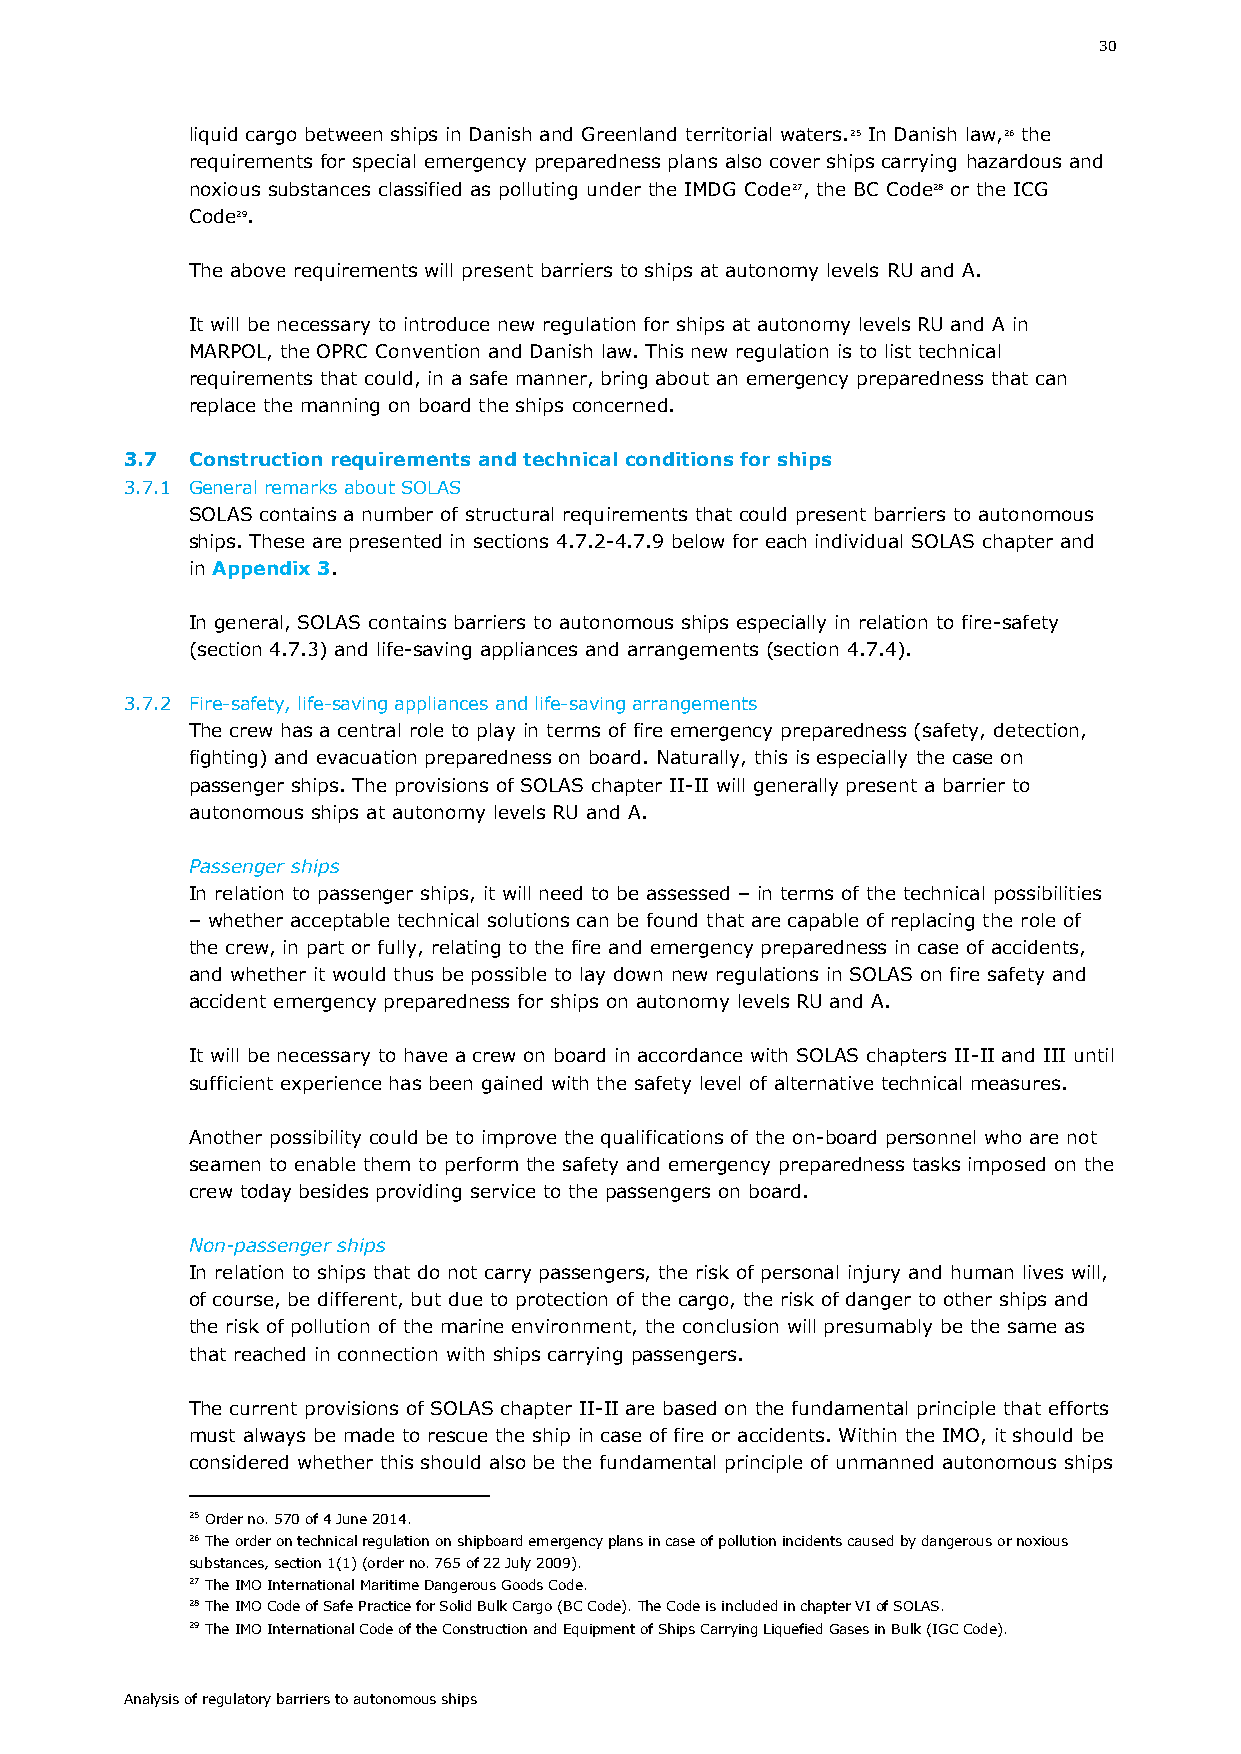
30
 liquid cargo between ships in Danish and Greenland territorial waters.25 In Danish law,26 the
 requirements for special emergency preparedness plans also cover ships carrying hazardous and
 noxious substances classified as polluting under the IMDG Code27, the BC Code28 or the ICG
 Code29.
 The above requirements will present barriers to ships at autonomy levels RU and A.
 It will be necessary to introduce new regulation for ships at autonomy levels RU and A in
 MARPOL, the OPRC Convention and Danish law. This new regulation is to list technical
 requirements that could, in a safe manner, bring about an emergency preparedness that can
 replace the manning on board the ships concerned.
 3.7 Construction requirements and technical conditions for ships
 3.7.1 General remarks about SOLAS
 SOLAS contains a number of structural requirements that could present barriers to autonomous
 ships. These are presented in sections 4.7.2-4.7.9 below for each individual SOLAS chapter and
 in Appendix 3.
 In general, SOLAS contains barriers to autonomous ships especially in relation to fire-safety
 (section 4.7.3) and life-saving appliances and arrangements (section 4.7.4).
 3.7.2 Fire-safety, life-saving appliances and life-saving arrangements
 The crew has a central role to play in terms of fire emergency preparedness (safety, detection,
 fighting) and evacuation preparedness on board. Naturally, this is especially the case on
 passenger ships. The provisions of SOLAS chapter II-II will generally present a barrier to
 autonomous ships at autonomy levels RU and A.
 Passenger ships
 In relation to passenger ships, it will need to be assessed – in terms of the technical possibilities
 – whether acceptable technical solutions can be found that are capable of replacing the role of
 the crew, in part or fully, relating to the fire and emergency preparedness in case of accidents,
 and whether it would thus be possible to lay down new regulations in SOLAS on fire safety and
 accident emergency preparedness for ships on autonomy levels RU and A.
 It will be necessary to have a crew on board in accordance with SOLAS chapters II-II and III until
 sufficient experience has been gained with the safety level of alternative technical measures.
 Another possibility could be to improve the qualifications of the on-board personnel who are not
 seamen to enable them to perform the safety and emergency preparedness tasks imposed on the
 crew today besides providing service to the passengers on board.
 Non-passenger ships
 In relation to ships that do not carry passengers, the risk of personal injury and human lives will,
 of course, be different, but due to protection of the cargo, the risk of danger to other ships and
 the risk of pollution of the marine environment, the conclusion will presumably be the same as
 that reached in connection with ships carrying passengers.
 The current provisions of SOLAS chapter II-II are based on the fundamental principle that efforts
 must always be made to rescue the ship in case of fire or accidents. Within the IMO, it should be
 considered whether this should also be the fundamental principle of unmanned autonomous ships
 25 Order no. 570 of 4 June 2014.
 26 The order on technical regulation on shipboard emergency plans in case of pollution incidents caused by dangerous or noxious
 substances, section 1(1) (order no. 765 of 22 July 2009).
 27 The IMO International Maritime Dangerous Goods Code.
 28 The IMO Code of Safe Practice for Solid Bulk Cargo (BC Code). The Code is included in chapter VI of SOLAS.
 29 The IMO International Code of the Construction and Equipment of Ships Carrying Liquefied Gases in Bulk (IGC Code).
 Analysis of regulatory barriers to autonomous ships